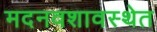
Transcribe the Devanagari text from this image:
मदनवशावस्थेत